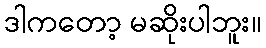
ဒါကတော့ မဆိုးပါဘူး။